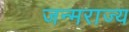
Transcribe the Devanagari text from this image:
जन्मराज्य